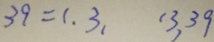
3 9 = 1 , 3 , 1 3 , 3 9